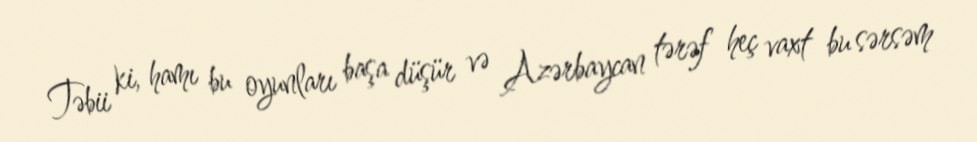
Təbii ki, hamı bu oyunları başa düşür və Azərbaycan tərəf heç vaxt bu sərsəm